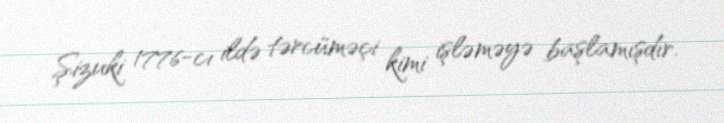
Şizuki 1776-cı ildə tərcüməçi kimi işləməyə başlamışdır.